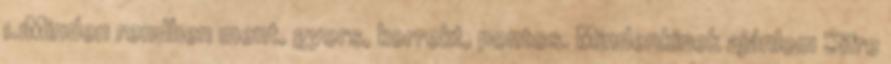
1.1Minden rendben ment, gyors, korrekt, pontos. Mindenkinek ajánlom Sifre